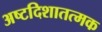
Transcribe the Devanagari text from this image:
अष्टदिशातत्मक